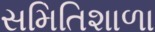
સમિતિશાળા